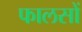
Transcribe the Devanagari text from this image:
फालसों